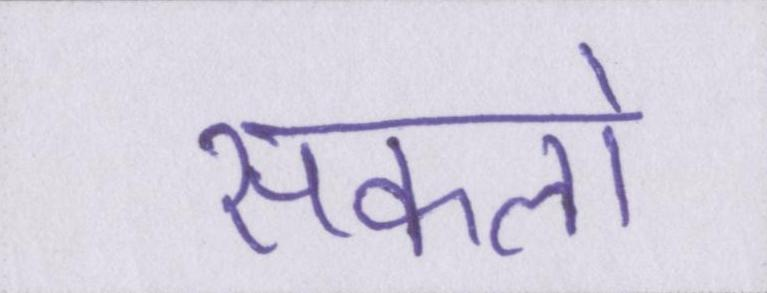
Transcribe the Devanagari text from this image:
सकलो